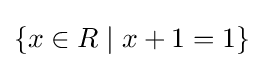
\{x\in R\mid x+1=1\}